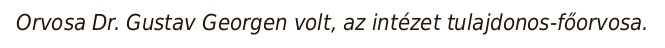
Orvosa Dr. Gustav Georgen volt, az intézet tulajdonos-főorvosa.